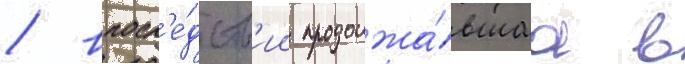
/ впосл'е́дств'ии продолжа́вшаа в